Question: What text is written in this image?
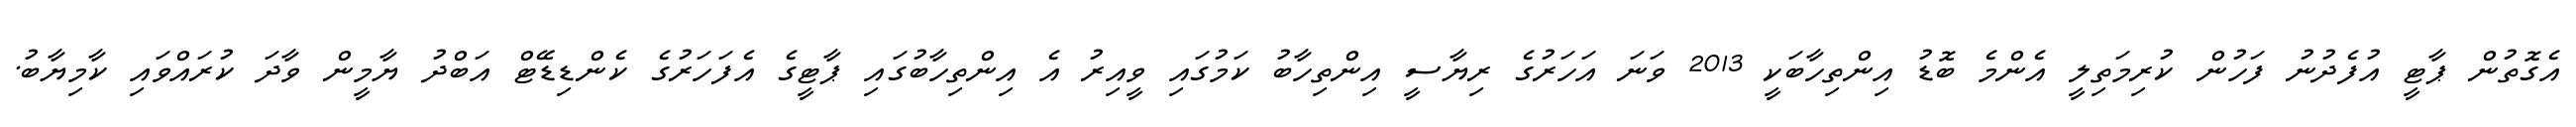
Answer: އެގޮތުން ޕާޓީ އުފެދުނު ފަހުން ކުރިމަތިލީ އެންމެ ބޮޑު އިންތިހާބަކީ 2013 ވަނަ އަހަރުގެ ރިޔާސީ އިންތިހާބު ކަމުގައި ވީއިރު އެ އިންތިހާބުގައި ޕާޓީގެ އެފަހަރުގެ ކެންޑިޑޭޓް އަބްދު ޔާމީން ވާދަ ކުރައްވައި ކާމިޔާބު.